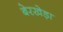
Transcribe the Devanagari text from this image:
बेरखेड़ा